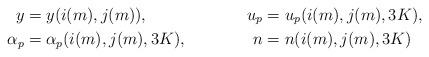
LaTeX: \begin{align*}y &= y(i(m),j(m)),& u_p &= u_p(i(m),j(m),3K),\\\alpha_p &= \alpha_p(i(m),j(m),3K),& n &= n(i(m),j(m),3K)\end{align*}